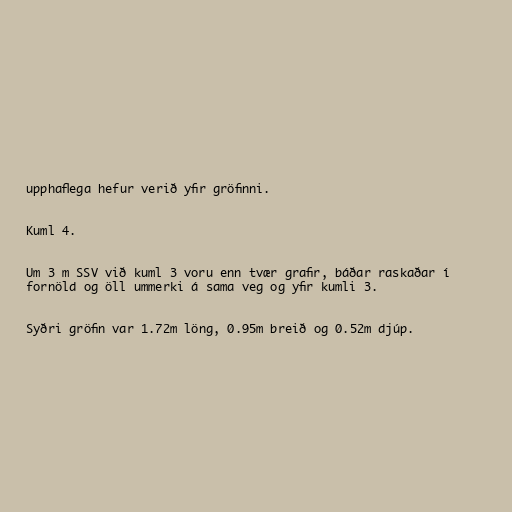
upphaflega hefur verið yfir gröfinni.

Kuml 4.

Um 3 m SSV við kuml 3 voru enn tvær grafir, báðar raskaðar í
fornöld og öll ummerki á sama veg og yfir kumli 3.

Syðri gröfin var 1.72m löng, 0.95m breið og 0.52m djúp.